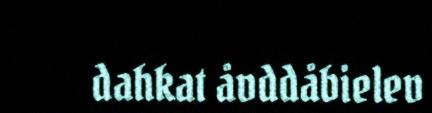
dahkat åvddåbielev